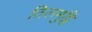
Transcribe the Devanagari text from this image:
तिलमुट्ठि